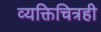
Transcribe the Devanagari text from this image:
व्यक्तिचित्रही